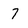
Character: 7